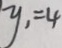
y _ { 1 } = 4